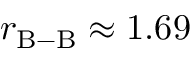
r _ { \mathrm { B - B } } \approx 1 . 6 9